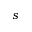
s